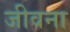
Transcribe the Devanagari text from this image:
जीवना